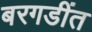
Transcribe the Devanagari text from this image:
बरगडींत